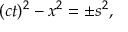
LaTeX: ( c t ) ^ { 2 } - x ^ { 2 } = \pm s ^ { 2 } ,